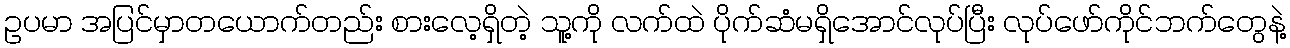
ဥပမာ အပြင်မှာတယောက်တည်း စားလေ့ရှိတဲ့ သူ့ကို လက်ထဲ ပိုက်ဆံမရှိအောင်လုပ်ပြီး လုပ်ဖော်ကိုင်ဘက်တွေနဲ့